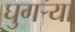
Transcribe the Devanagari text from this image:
घुगर्‍या